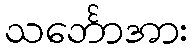
သင်္ဘောအား